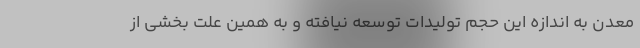
معدن به اندازه این حجم تولیدات توسعه نیافته و به همین علت بخشی از